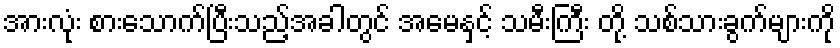
အားလုံး စားသောက်ပြီးသည့်အခါတွင် အမေနှင့် သမီးကြီး တို့ သစ်သားခွက်များကို